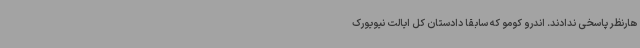
هارنظر پاسخی ندادند. اندرو کومو که سابقا دادستان کل ایالت نیویورک